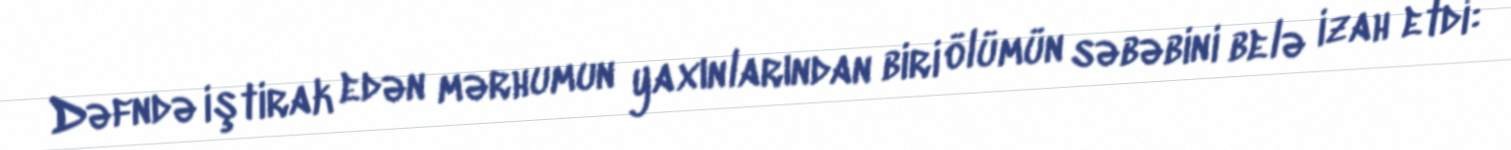
Dəfndə iştirak edən mərhumun yaxınlarından biri ölümün səbəbini belə izah etdi: